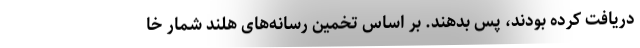
دریافت کرده بودند، پس بدهند. بر اساس تخمین رسانه‌های هلند شمار خا